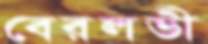
বেরলভী